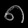
Digit: ၈